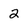
Character: 2